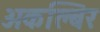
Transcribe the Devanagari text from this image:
अकल्बिर